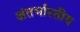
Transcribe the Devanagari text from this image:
अंतर्भारतीय